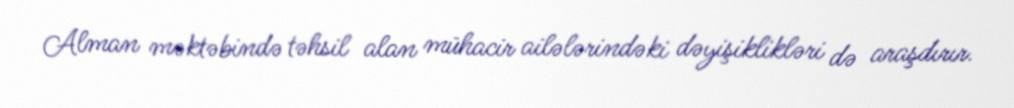
Alman məktəbində təhsil alan mühacir ailələrindəki dəyişiklikləri də araşdırır.